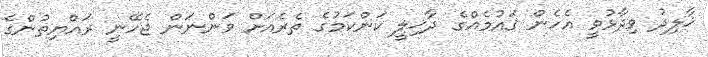
ޚާލިދު ވިދާޅުވީ އެހެން ޤައުމެއްގެ ދާޚިލީ ކަންކަމުގެ ތެރެއަށް ވަންނަން ޖެހޭނީ ރައްޔިތުންގެ